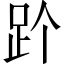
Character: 𬦡